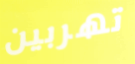
تهربين